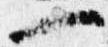
一